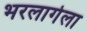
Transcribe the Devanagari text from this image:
भरलागेला